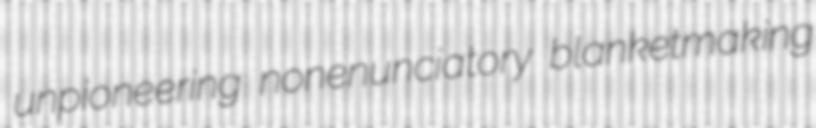
unpioneering nonenunciatory blanketmaking